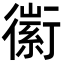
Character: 䘗